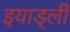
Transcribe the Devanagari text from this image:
इयार्ड्ली